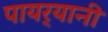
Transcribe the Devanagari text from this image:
पायर्‍यानी